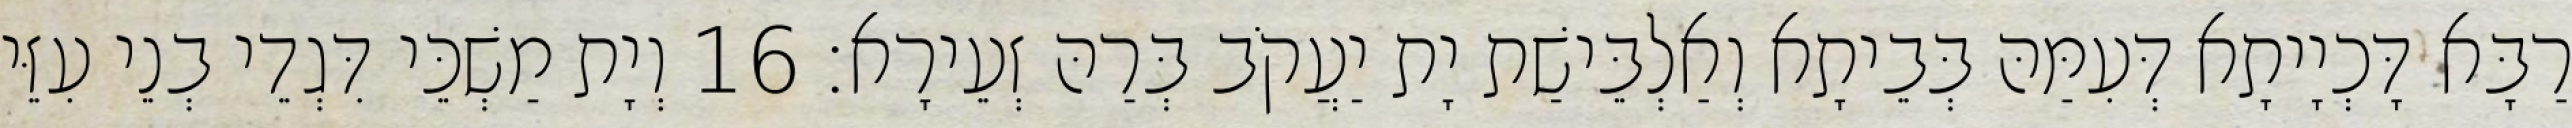
רַבָּא דָּכְיָיתָא דְּעִמַּהּ בְּבֵיתָא וְאַלְבֵּישַׁת יָת יַעֲקֹב בְּרַהּ זְעֵירָא׃ 16 וְיָת מַשְׁכֵּי דִּגְדֵי בְנֵי עִזֵּי